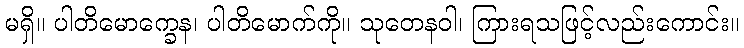
မရှိ။ ပါတိမောက္ခေန၊ ပါတိမောက်ကို။ သုတေနဝါ၊ ကြားရသဖြင့်လည်းကောင်း။